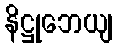
နိဋ္ဌုဘေယျ